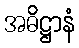
အဓိဋ္ဌာနံ